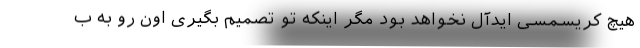
هیچ کریسمسی ایدآل نخواهد بود مگر اینکه تو تصمیم بگیری اون رو به ب